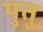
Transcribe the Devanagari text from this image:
युतु